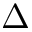
\Delta